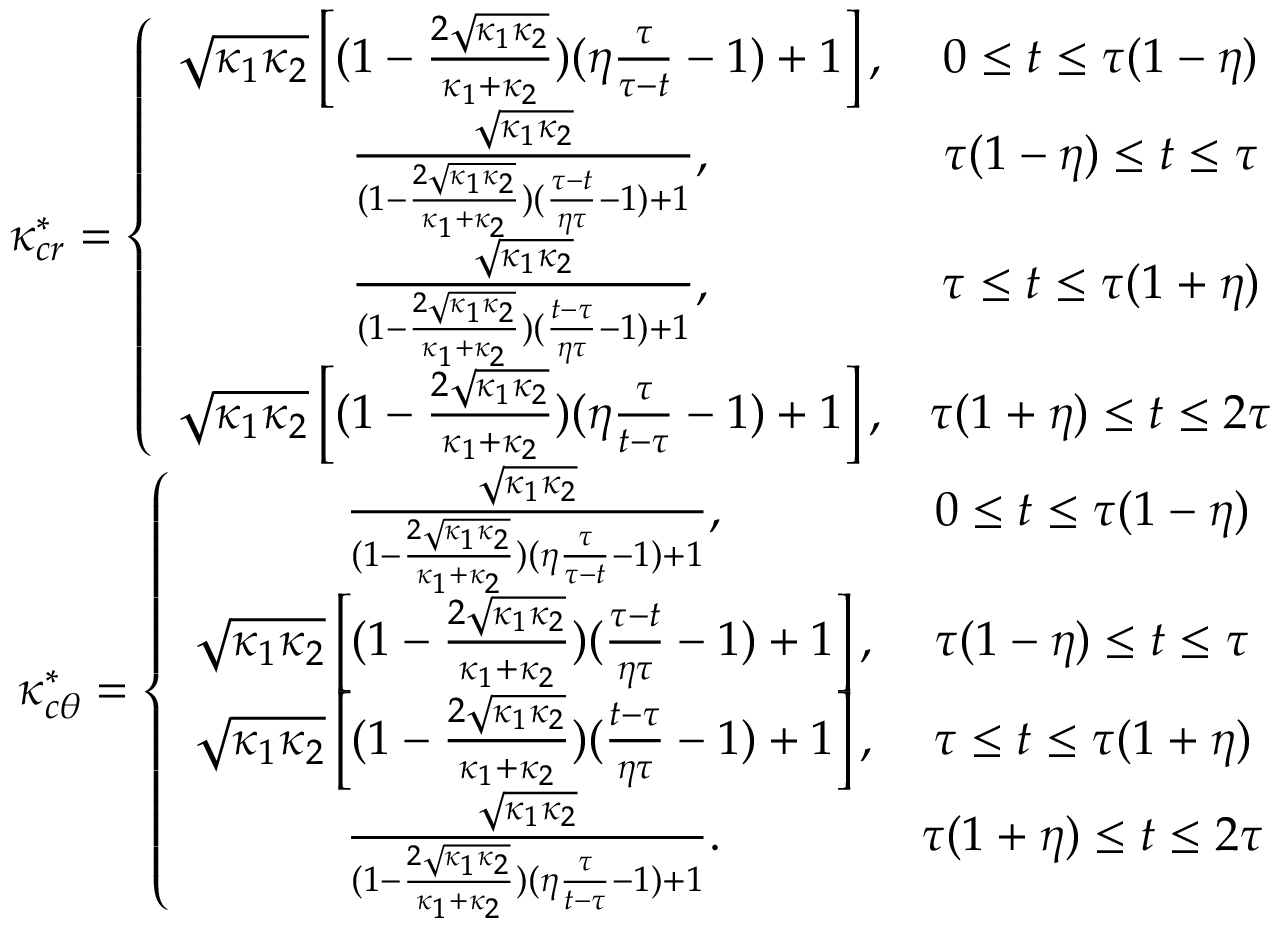
\begin{array} { c c } { \kappa _ { c r } ^ { * } = \left\lbrace \begin{array} { c c } { \sqrt { \kappa _ { 1 } \kappa _ { 2 } } \left[ ( 1 - \frac { 2 \sqrt { \kappa _ { 1 } \kappa _ { 2 } } } { \kappa _ { 1 } + \kappa _ { 2 } } ) ( \eta \frac { \tau } { \tau - t } - 1 ) + 1 \right] , } & { 0 \le t \le \tau ( 1 - \eta ) } \\ { \frac { \sqrt { \kappa _ { 1 } \kappa _ { 2 } } } { ( 1 - \frac { 2 \sqrt { \kappa _ { 1 } \kappa _ { 2 } } } { \kappa _ { 1 } + \kappa _ { 2 } } ) ( \frac { \tau - t } { \eta \tau } - 1 ) + 1 } , } & { \tau ( 1 - \eta ) \le t \le \tau } \\ { \frac { \sqrt { \kappa _ { 1 } \kappa _ { 2 } } } { ( 1 - \frac { 2 \sqrt { \kappa _ { 1 } \kappa _ { 2 } } } { \kappa _ { 1 } + \kappa _ { 2 } } ) ( \frac { t - \tau } { \eta \tau } - 1 ) + 1 } , } & { \tau \le t \le \tau ( 1 + \eta ) } \\ { \sqrt { \kappa _ { 1 } \kappa _ { 2 } } \left[ ( 1 - \frac { 2 \sqrt { \kappa _ { 1 } \kappa _ { 2 } } } { \kappa _ { 1 } + \kappa _ { 2 } } ) ( \eta \frac { \tau } { t - \tau } - 1 ) + 1 \right] , } & { \tau ( 1 + \eta ) \le t \le 2 \tau } \end{array} \right. } \\ { \kappa _ { c \theta } ^ { * } = \left\lbrace \begin{array} { c c } { \frac { \sqrt { \kappa _ { 1 } \kappa _ { 2 } } } { ( 1 - \frac { 2 \sqrt { \kappa _ { 1 } \kappa _ { 2 } } } { \kappa _ { 1 } + \kappa _ { 2 } } ) ( \eta \frac { \tau } { \tau - t } - 1 ) + 1 } , } & { 0 \le t \le \tau ( 1 - \eta ) } \\ { \sqrt { \kappa _ { 1 } \kappa _ { 2 } } \left[ ( 1 - \frac { 2 \sqrt { \kappa _ { 1 } \kappa _ { 2 } } } { \kappa _ { 1 } + \kappa _ { 2 } } ) ( \frac { \tau - t } { \eta \tau } - 1 ) + 1 \right] , } & { \tau ( 1 - \eta ) \le t \le \tau } \\ { \sqrt { \kappa _ { 1 } \kappa _ { 2 } } \left[ ( 1 - \frac { 2 \sqrt { \kappa _ { 1 } \kappa _ { 2 } } } { \kappa _ { 1 } + \kappa _ { 2 } } ) ( \frac { t - \tau } { \eta \tau } - 1 ) + 1 \right] , } & { \tau \le t \le \tau ( 1 + \eta ) } \\ { \frac { \sqrt { \kappa _ { 1 } \kappa _ { 2 } } } { ( 1 - \frac { 2 \sqrt { \kappa _ { 1 } \kappa _ { 2 } } } { \kappa _ { 1 } + \kappa _ { 2 } } ) ( \eta \frac { \tau } { t - \tau } - 1 ) + 1 } . } & { \tau ( 1 + \eta ) \le t \le 2 \tau } \end{array} \right. } \end{array}